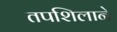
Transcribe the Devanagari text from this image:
तपशिलाने